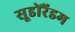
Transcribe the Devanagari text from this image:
सूडोरैंडम